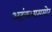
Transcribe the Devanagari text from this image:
अहंकारासमोर